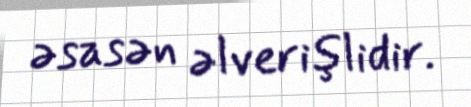
əsasən əlverişlidir.